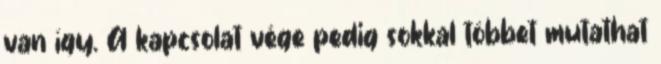
van így. A kapcsolat vége pedig sokkal többet mutathat